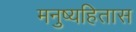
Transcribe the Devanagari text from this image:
मनुष्यहितास